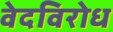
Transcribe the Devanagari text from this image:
वेदविरोध